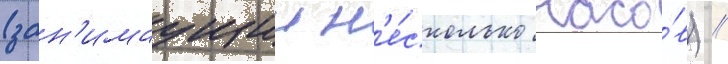
(зан'имаущии н'е́сколько часо́в) //